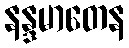
နန္ဒမာတေန